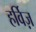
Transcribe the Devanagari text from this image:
हर्विज़